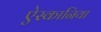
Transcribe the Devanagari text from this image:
ऐस्कानिया